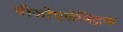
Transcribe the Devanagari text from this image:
पीजोएलेक्ट्रिक